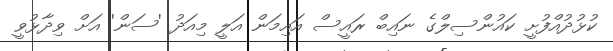
ކުޅުދުއްފުށީ ކައުންސިލްގެ ނައިބް ރައީސް އައިމަން އަލީ މިއަދު 'ސަން' އަށް ވިދާޅުވީ